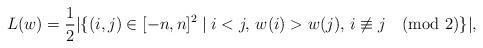
LaTeX: \begin{align*} L(w)=\frac{1}{2}|\{(i,j)\in [-n,n]^2\mid i<j,\,w(i)>w(j),\,i\not\equiv j \pmod 2\}|, \end{align*}